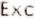
EXC